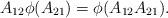
LaTeX: \begin{align*}A_{12}\phi(A_{21})=\phi(A_{12}A_{21}).\end{align*}